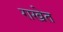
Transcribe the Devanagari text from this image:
राखेत